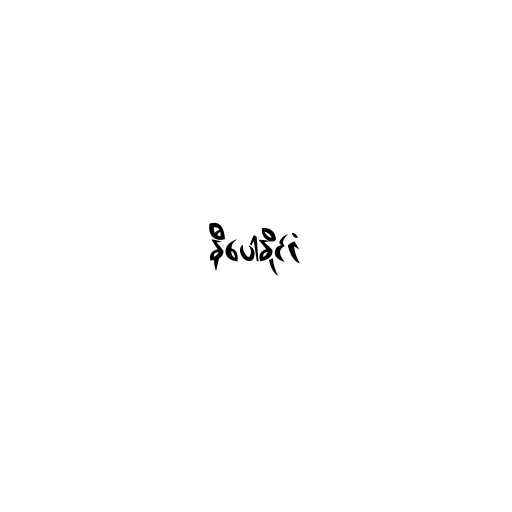
နီပေါနိုင်ငံ